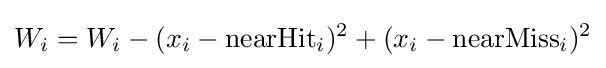
W_{i}=W_{i}-(x_{i}-\mathrm {nearHit} _{i})^{2}+(x_{i}-\mathrm {nearMiss} _{i})^{2}